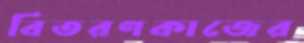
বিতরণকাজের